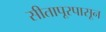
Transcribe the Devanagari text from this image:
सीतापूरपासून